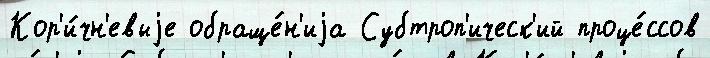
Кор'и́чн'евыjе обраще́н'иjа Субтроп'ическ'ий проце́ссов